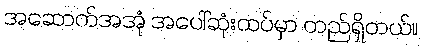
အဆောက်အအုံ အပေါ်ဆုံးထပ်မှာ တည်ရှိတယ်။